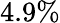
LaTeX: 4.9\%